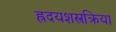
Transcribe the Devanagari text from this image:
ह्रदयशस्त्रक्रिया